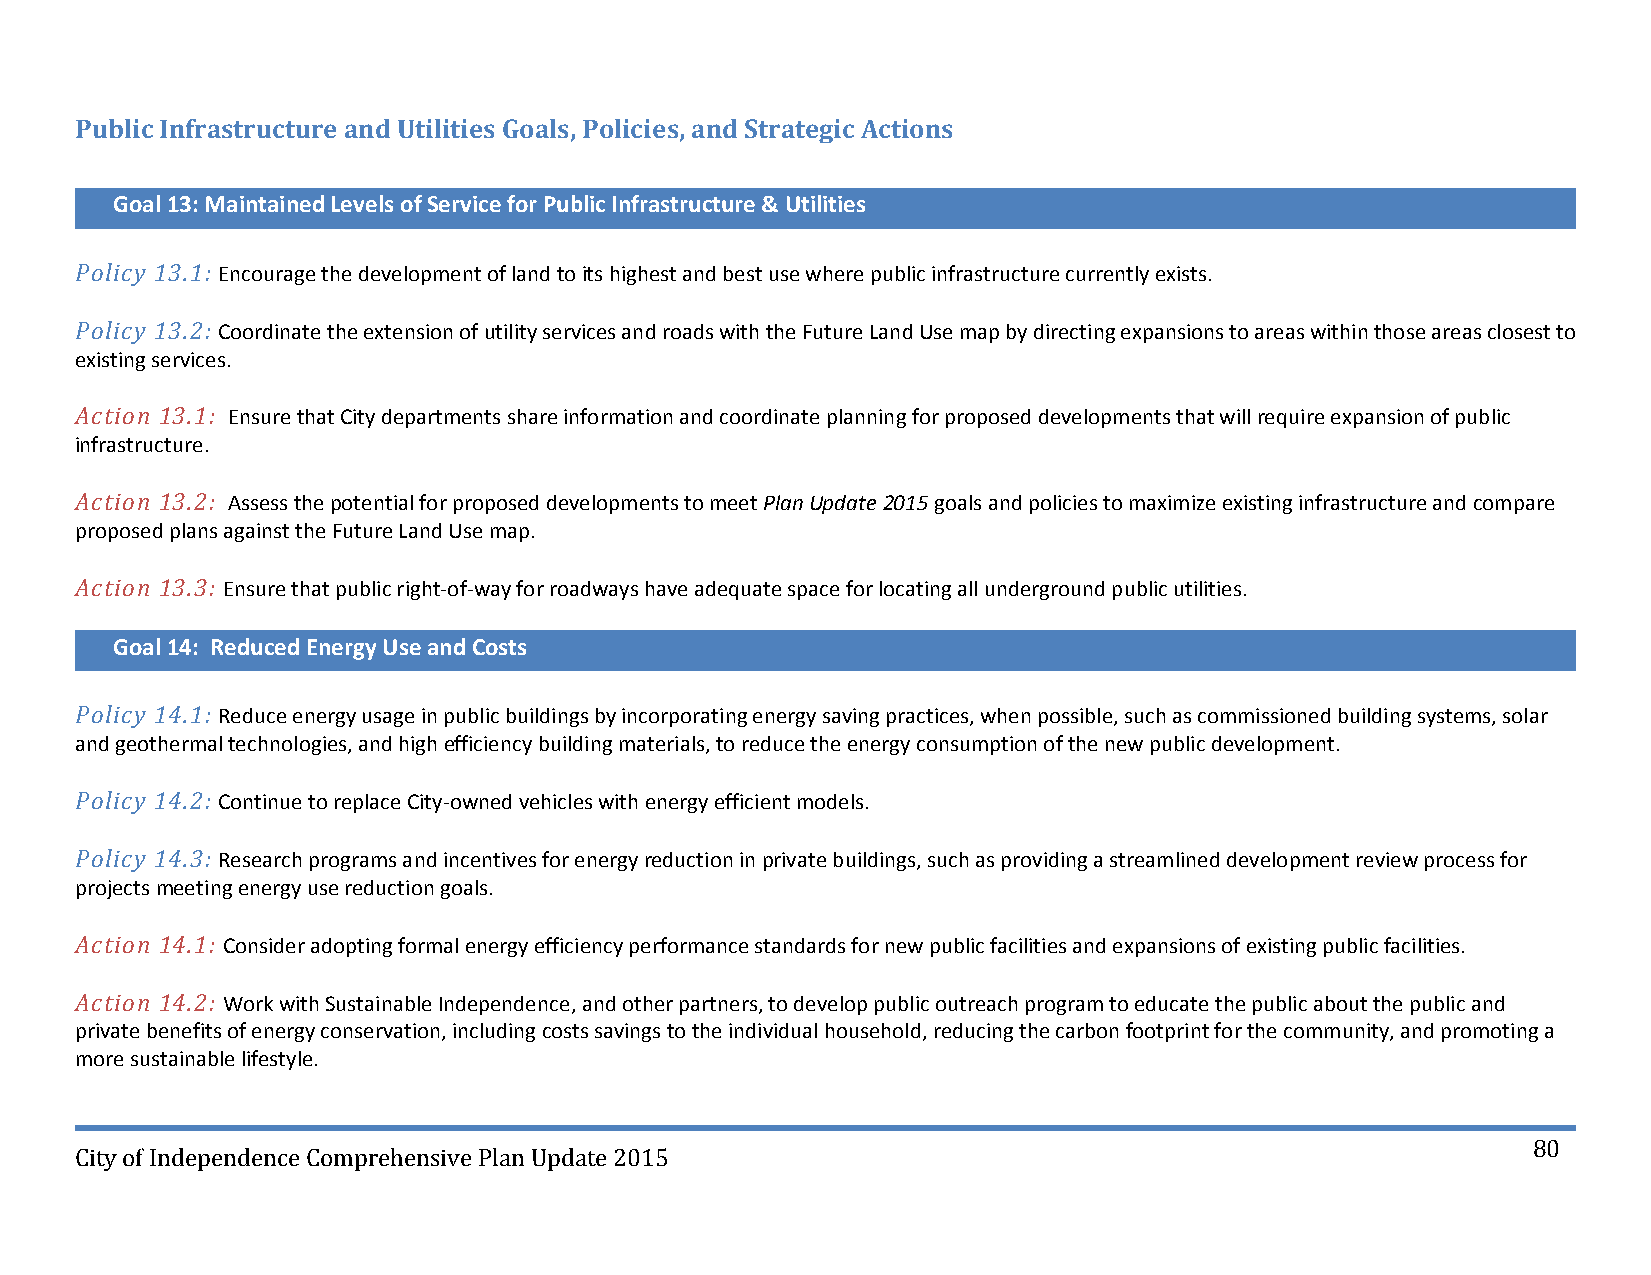
Public Infrastructure and Utilities Goals, Policies, and Strategic Actions
 Goal 13: Maintained Levels of Service for Public Infrastructure & Utilities
 Policy 13.1: Encourage the development of land to its highest and best use where public infrastructure currently exists.
 Policy 13.2: Coordinate the extension of utility services and roads with the Future Land Use map by directing expansions to areas within those areas closest to
 existing services.
 Action 13.1: Ensure that City departments share information and coordinate planning for proposed developments that will require expansion of public
 infrastructure.
 Action 13.2: Assess the potential for proposed developments to meet Plan Update 2015 goals and policies to maximize existing infrastructure and compare
 proposed plans against the Future Land Use map.
 Action 13.3: Ensure that public right‐of‐way for roadways have adequate space for locating all underground public utilities.
 Goal 14: Reduced Energy Use and Costs
 Policy 14.1: Reduce energy usage in public buildings by incorporating energy saving practices, when possible, such as commissioned building systems, solar
 and geothermal technologies, and high efficiency building materials, to reduce the energy consumption of the new public development.
 Policy 14.2: Continue to replace City‐owned vehicles with energy efficient models.
 Policy 14.3: Research programs and incentives for energy reduction in private buildings, such as providing a streamlined development review process for
 projects meeting energy use reduction goals.
 Action 14.1: Consider adopting formal energy efficiency performance standards for new public facilities and expansions of existing public facilities.
 Action 14.2: Work with Sustainable Independence, and other partners, to develop public outreach program to educate the public about the public and
 private benefits of energy conservation, including costs savings to the individual household, reducing the carbon footprint for the community, and promoting a
 more sustainable lifestyle.
 80
 City of Independence Comprehensive Plan Update 2015